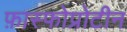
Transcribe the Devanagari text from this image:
फ़ास्फोप्रोटीन